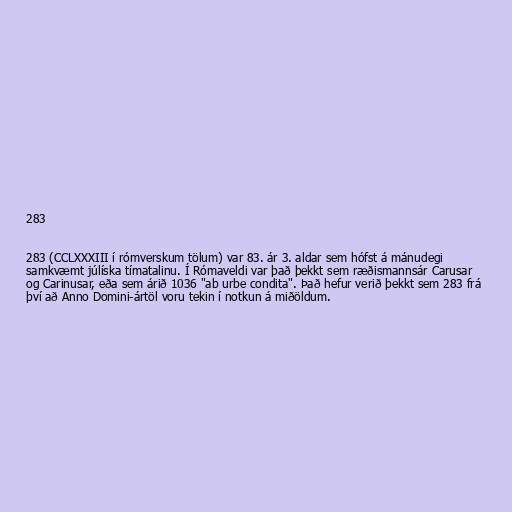
283

283 (CCLXXXIII í rómverskum tölum) var 83. ár 3. aldar sem hófst á mánudegi
samkvæmt júlíska tímatalinu. Í Rómaveldi var það þekkt sem ræðismannsár Carusar
og Carinusar, eða sem árið 1036 "ab urbe condita". Það hefur verið þekkt sem 283 frá
því að Anno Domini-ártöl voru tekin í notkun á miðöldum.